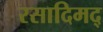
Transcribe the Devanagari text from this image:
रसादिमद्